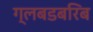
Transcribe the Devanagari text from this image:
ग्लबडबरिब